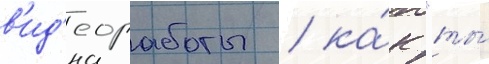
в'ид'еоработы / ка́к "ты́